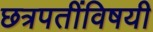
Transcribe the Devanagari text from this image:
छत्रपतींविषयी